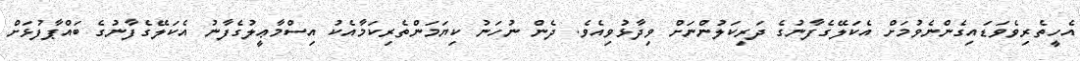
އެހީތެރިވެވަޑައިގެންނެވުމަށް އެކަލޭގެފާނުގެ ދަރިކަލުންނަށް ވިދާޅުވިއެވެ. ދެން ނުހަނު ކިޔަމަންތެރިކަމާއެކު އިސްމާޢީލުގެފާނު އެކަލޭގެފާނުގެ ބައްޕާފުޅަށް